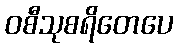
ဝစီသုစရိတေပေ